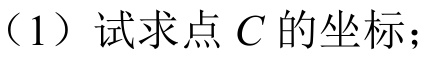
（1）试求点 \(C\) 的坐标；